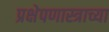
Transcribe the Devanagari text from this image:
प्रक्षेपणास्त्राच्या